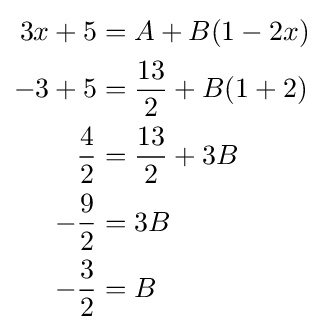
{\begin{aligned}3x+5&=A+B(1-2x)\\-3+5&={\frac {13}{2}}+B(1+2)\\{\frac {4}{2}}&={\frac {13}{2}}+3B\\-{\frac {9}{2}}&=3B\\-{\frac {3}{2}}&=B\end{aligned}}